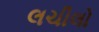
લચીલો